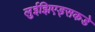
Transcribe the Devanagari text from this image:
लुईझिएड्सकडे